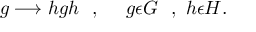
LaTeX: g \longrightarrow h g h \ \ , \ \ \ \ g \epsilon G \ \ , \ h \epsilon H .